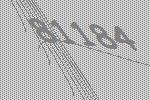
81184